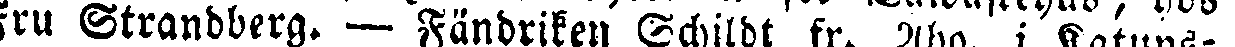
Fru Strandberg. — Fändriken Echildt fr. Åbo. i Katuns-